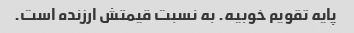
پایه تقویم خوبیه. به نسبت قیمتش ارزنده است.